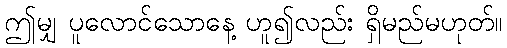
ဤမျှ ပူလောင်သောနေ့ ဟူ၍လည်း ရှိမည်မဟုတ်။